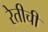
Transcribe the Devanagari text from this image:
रेतीची